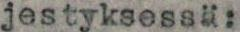
jestyksessi: